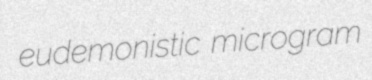
eudemonistic microgram